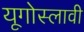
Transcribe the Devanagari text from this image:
यूगोस्लावी